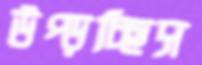
উপ্‌ড়চ্ছিস